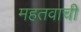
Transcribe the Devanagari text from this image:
महतवाची